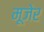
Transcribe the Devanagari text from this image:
मूजेर